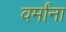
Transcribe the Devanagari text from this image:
वर्मांना